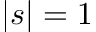
| s | = 1